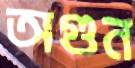
অগুন